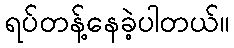
ရပ်တန့်နေခဲ့ပါတယ်။